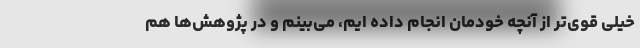
خیلی قوی‌تر از آنچه خودمان انجام داده ایم، می‌بینم و در پژوهش‌ها هم